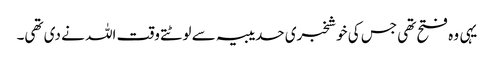
یہی وہ فتح تھی جس کی خوشخبری حدیبیہ سے لوٹتے وقت اللہ نے دی تھی۔